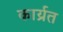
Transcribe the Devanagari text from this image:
कार्य्रत